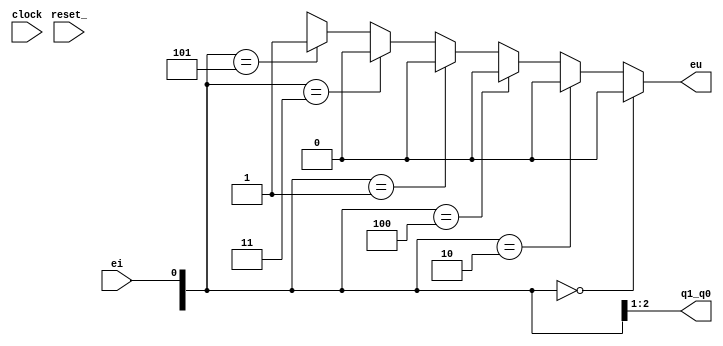
/**
 *       Base B = 3. Con cifra 0 codificata oo, cifra 1 codificata 01 e cifra
 *       2 codificata 10. Il registro ha capiacita' di due bit; indicando con
 *       q1_q0 la sua variabile di uscita a due bit e con a1_a0 la sua
 *       variabile di ingresso a due bit, ne deriva che l'incrementatore
 *       interno al contatore ha q1_q0 ed ei come variabili di ingresso
 *       e a1_a0 ed eu come variabili di uscita. Una possibile descrizione, in
 *       linguaggio Verilog, di un elemento contatore in base 3 con
 *       incrementatore interno, e' la seguente:
 *       
 *         Created on 09/06/2019.
 */

module Elemento_Contatore_Base_3(eu, q1_q0, ei, clock, reset_);
    input clock, reset_;
    input ei;
    output eu;
    output [1:0] q1_q0;

    reg [1:0] OUTR;
    assign q=OUTR;

    wire [1:0] a1_a0;   // variabile di uscita dell'incrementatore

    assign {a1_a0, eu} = ({q1_q0, ei} == 'B000)?'B000:
                         ({q1_q0, ei} == 'B010)?'B010:
                         ({q1_q0, ei} == 'B100)?'B100:
                         ({q1_q0, ei} == 'B001)?'B010:
                         ({q1_q0, ei} == 'B011)?'B100:
                         ({q1_q0, ei} == 'B101)?'B001:
                         /* default */  'BXXX;

    always @(reset_ == 0) #1 OUTR<='B00;
    always @(posedge clock) if (reset_ == 1) #3 OUTR <= a1_a0;
endmodule